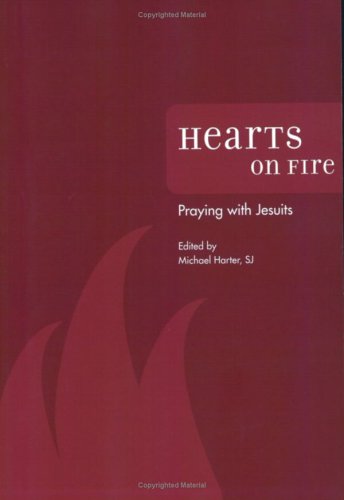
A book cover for Hearts on Fire: Praying with Jesuits; Michael Harter; Christian Books & Bibles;